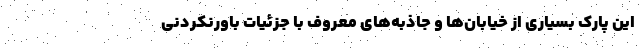
این پارک بسیاری از خیابان‌ها و جاذبه‌های معروف با جزئیات باورنکردنی